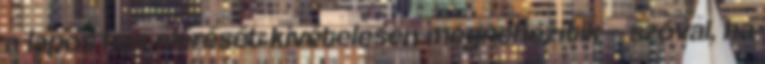
a lapos has elérését kivételesen megnehezítik – szóval, ha